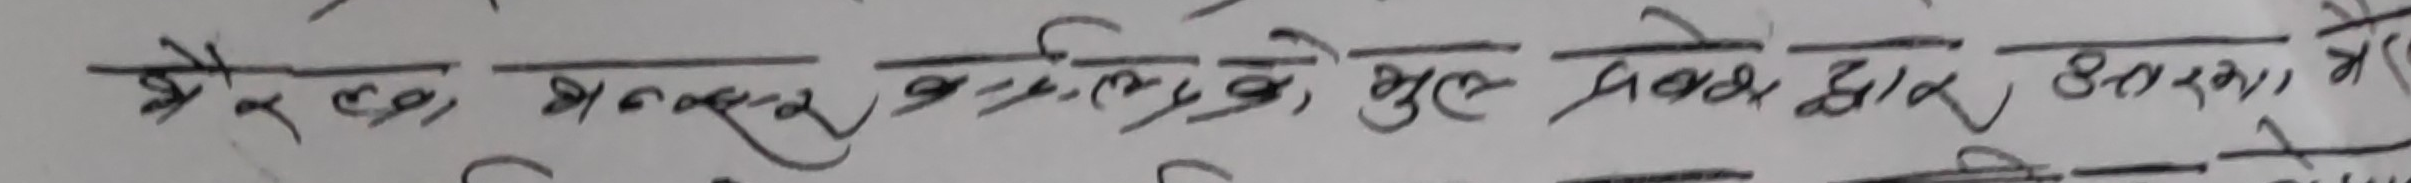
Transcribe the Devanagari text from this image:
मैले अनुरूप चलिसकेको मूल प्रबंध द्वारा दर्शना